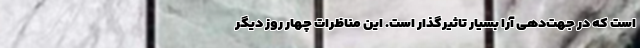
است که در جهت‌دهی آرا بسیار تاثیرگذار است. این مناظرات چهار روز دیگر